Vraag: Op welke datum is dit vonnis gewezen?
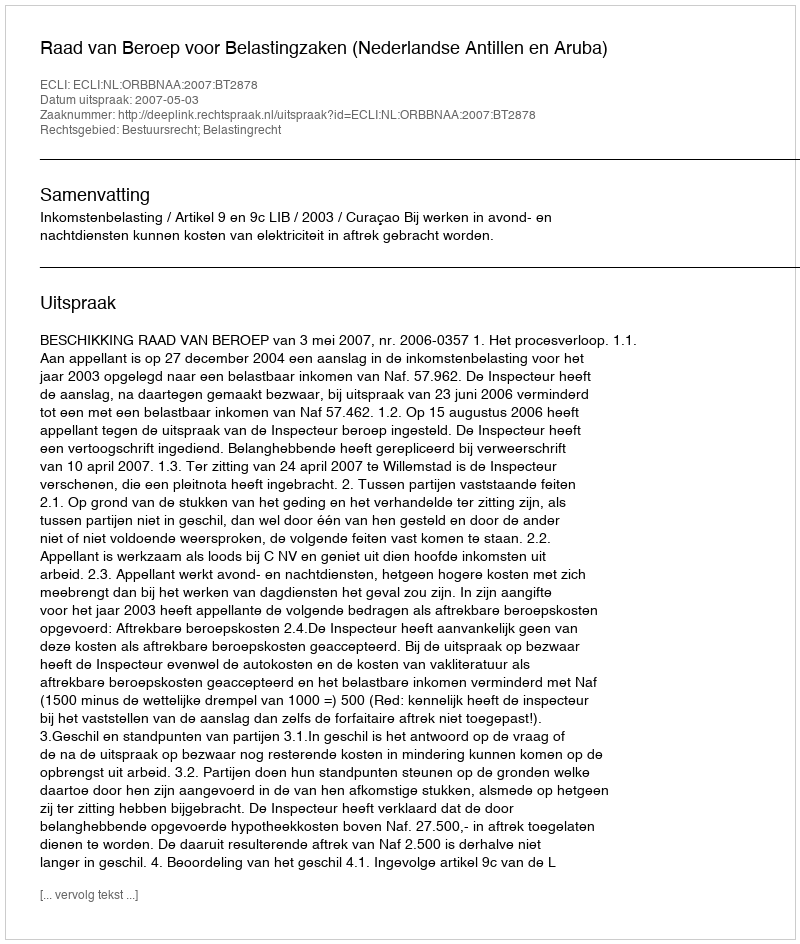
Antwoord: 2007-05-03